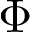
\Phi